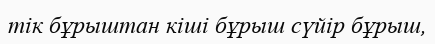
тік бұрыштан кіші бұрыш сүйір бұрыш,